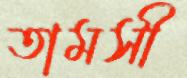
তামসী